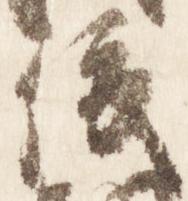
俊